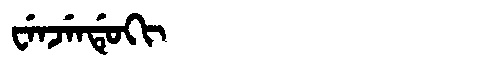
Manchu: ᠸᡝᠨᠵᡝᠨᡩᡠᡴᡳ
Romanization: WENJENDUKI